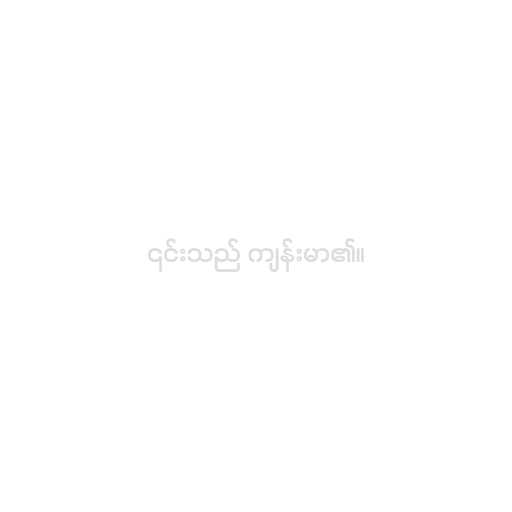
၎င်းသည် ကျန်းမာ၏။